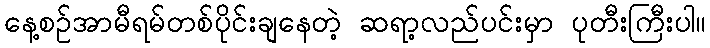
နေ့စဉ်အာမီရမ်တစ်ပိုင်းချနေတဲ့ ဆရာ့လည်ပင်းမှာ ပုတီးကြီးပါ။